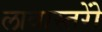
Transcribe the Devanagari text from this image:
लावास्तरोें